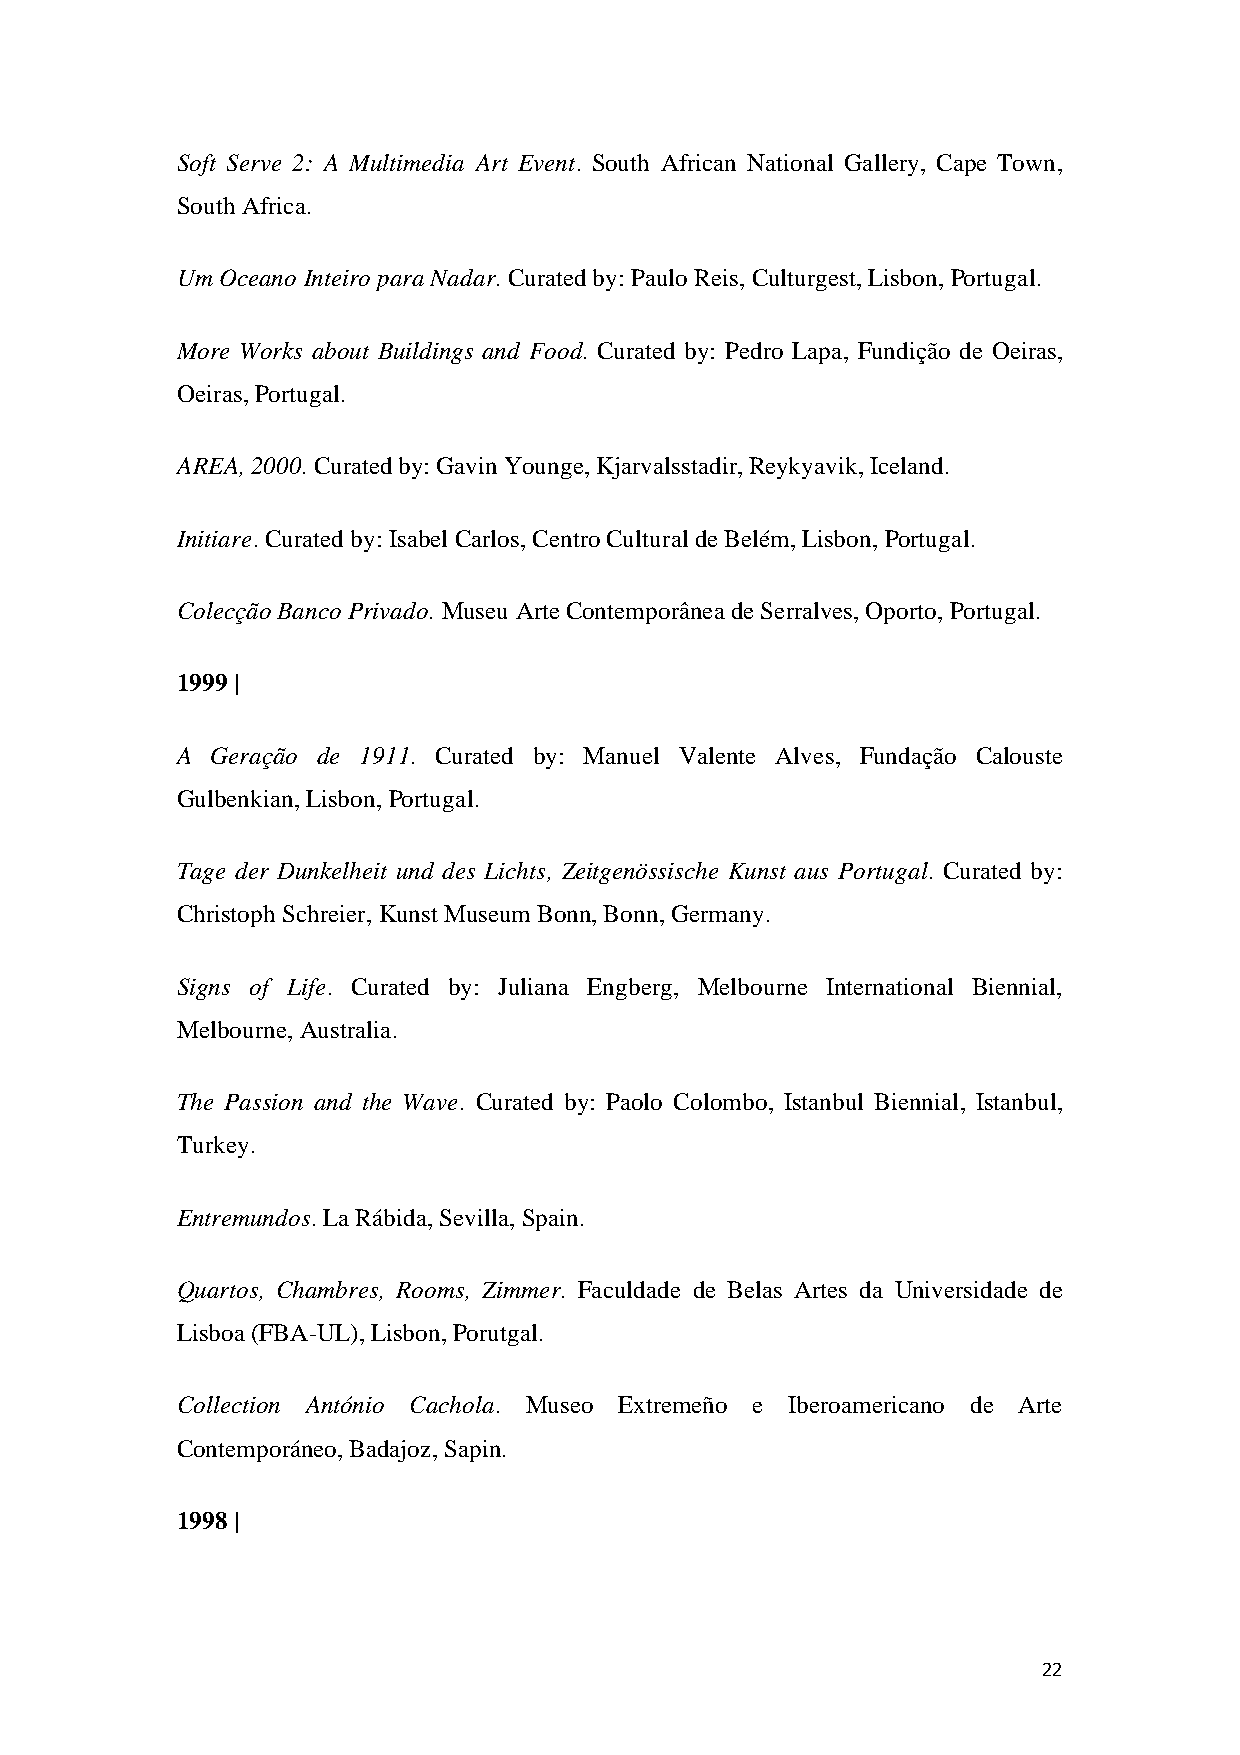
Soft Serve 2: A Multimedia Art Event. South African National Gallery, Cape Town,
 South Africa.
 Um Oceano Inteiro para Nadar. Curated by: Paulo Reis, Culturgest, Lisbon, Portugal.
 More Works about Buildings and Food. Curated by: Pedro Lapa, Fundição de Oeiras,
 Oeiras, Portugal.
 AREA, 2000. Curated by: Gavin Younge, Kjarvalsstadir, Reykyavik, Iceland.
 Initiare. Curated by: Isabel Carlos, Centro Cultural de Belém, Lisbon, Portugal.
 Colecção Banco Privado. Museu Arte Contemporânea de Serralves, Oporto, Portugal.
 1999 |
 A Geração de 1911. Curated by: Manuel Valente Alves, Fundação Calouste
 Gulbenkian, Lisbon, Portugal.
 Tage der Dunkelheit und des Lichts, Zeitgenössische Kunst aus Portugal. Curated by:
 Christoph Schreier, Kunst Museum Bonn, Bonn, Germany.
 Signs of Life. Curated by: Juliana Engberg, Melbourne International Biennial,
 Melbourne, Australia.
 The Passion and the Wave. Curated by: Paolo Colombo, Istanbul Biennial, Istanbul,
 Turkey.
 Entremundos. La Rábida, Sevilla, Spain.
 Quartos, Chambres, Rooms, Zimmer. Faculdade de Belas Artes da Universidade de
 Lisboa (FBA-UL), Lisbon, Porutgal.
 Collection António Cachola. Museo Extremeño e Iberoamericano de Arte
 Contemporáneo, Badajoz, Sapin.
 1998 |
 22